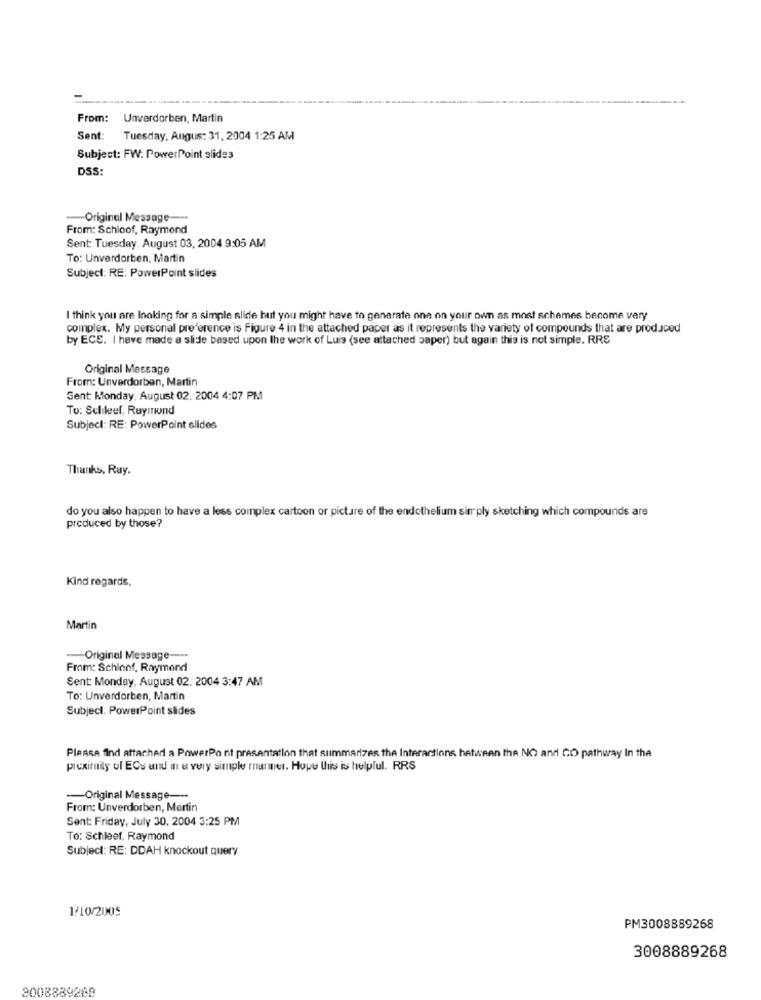
---
From: Unverdorben, Martin
Sent:
Tuesday, Augus: 31, 2004 1:25 AM
Subject: FW: PowerPoint slides
DSS:
-Original Message ---
From: Schloof, Raymond
Sent: Tuesday. August 03, 2004 9:05 AM
To: Unverdorben, Martin
Subject: RE: PowerPoint slides
I think you are Inoking for a simple slide but you might have to generate one on your own as most schemes become very
complex. My personal preference is Figure 4 in the attached paper as it represents the variety of compounds that are produced
by ECS. I have made a slide based upon the work of Luis (see attached paper) but again this is not simple. RRS
Original Message
From: Unverdorben, Martin
Sent: Monday, August 02. 2004 4:07 PM
To: Selikeel, Raymond
Subject: RE: PowerPoint slides
Thanks. Ray.
do you also happen to have a less complex cartoon or picture of the endothelium simply sketching which compounds are
produced by those?
Kind regards,
Martin
-Original Message-
From: Schinof, Raymond
Sent: Monday, August 02. 2004 3:47 AM
To: Unverdorben, Martin
Subject: PowerPoint slides
Please find attached a PowerPoint presentation that summarizes the Interactions between the NO and GO pathway In the
proximity of ECs and in a very simple manner. Hope this is helpful. RRS
-- Original Message ---
From: Unverdorben, Mertin
Sent: Friday, July 30, 2004 3:25 PM
To: Schleef, Raymond
Subject: RE: DDAH knockout query
1/10/2005
PM3008889268
3008889268
3008889268